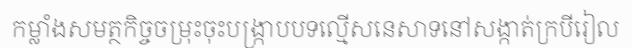
កម្លាំងសមត្ថកិច្ចចម្រុះចុះបង្ក្រាបបទល្មើសនេសាទនៅសង្កាត់ក្របីរៀល